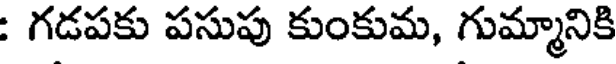
: గడపకు పసుపు కుంకుమ, గుమ్మానికి